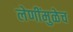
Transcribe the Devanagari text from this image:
लेणींमुळेच